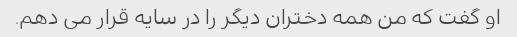
او گفت که من همه دختران دیگر را در سایه قرار می دهم.